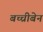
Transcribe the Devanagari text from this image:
बच्चीबेन